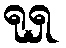
ရုရှ